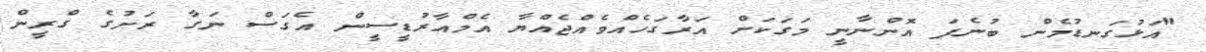
"އަޅުގަނޑުމެން ބުނެފަ އޮންނާނީ މަގަކަށް އަރާގަހެއްވެއްޖެއްޔާ އެމްއާރުޑީސީން އެގަސް ނަގާ ރަށުގެ ގްރީން